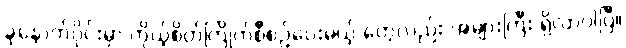
ခုနောက်ပိုင်းမှာ ကိုယ့်စိတ်ကြိုက်စီစဉ်ပေးမယ့် တွေလည်း အများကြီး ရှိလာပါပြီ။